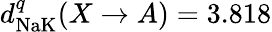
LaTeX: d_{\textrm{NaK}}^{q}(X\to A)=3.818